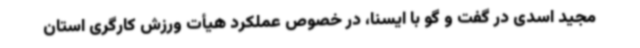
مجید اسدی در گفت و گو با ایسنا، در خصوص عملکرد هیأت ورزش کارگری استان